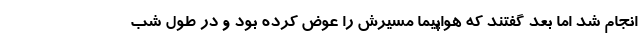
انجام شد اما بعد گفتند که هواپیما مسیرش را عوض کرده بود و در طول شب